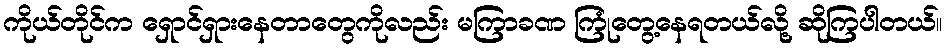
ကိုယ်တိုင်က ရှောင်ရှားနေတာတွေကိုလည်း မကြာခဏ ကြုံတွေ့နေရတယ်လို့ ဆိုကြပါတယ်။